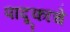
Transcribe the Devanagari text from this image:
पादूकांचे